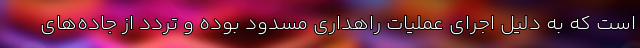
است که به‌ دلیل اجرای عملیات راهداری مسدود بوده و تردد از جاده‌های